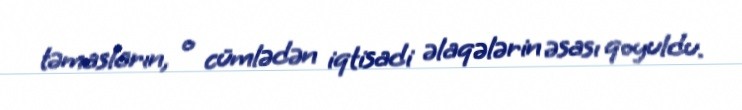
təmasların, o cümlədən iqtisadi əlaqələrin əsası qoyuldu.